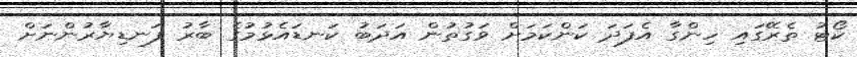
ކޯޓު ތެރޭގައި ހިންގާ އެފަދަ ކަންކަމަށް ވަގުތުން އަދަބު ކަނޑައެޅުމުގެ ބާރު ފަނޑިޔާރުންނަށް